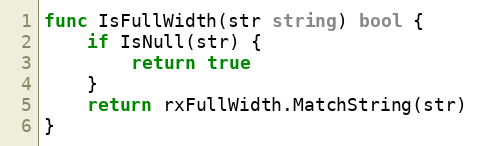
Language: Go
func IsFullWidth(str string) bool {
	if IsNull(str) {
		return true
	}
	return rxFullWidth.MatchString(str)
}